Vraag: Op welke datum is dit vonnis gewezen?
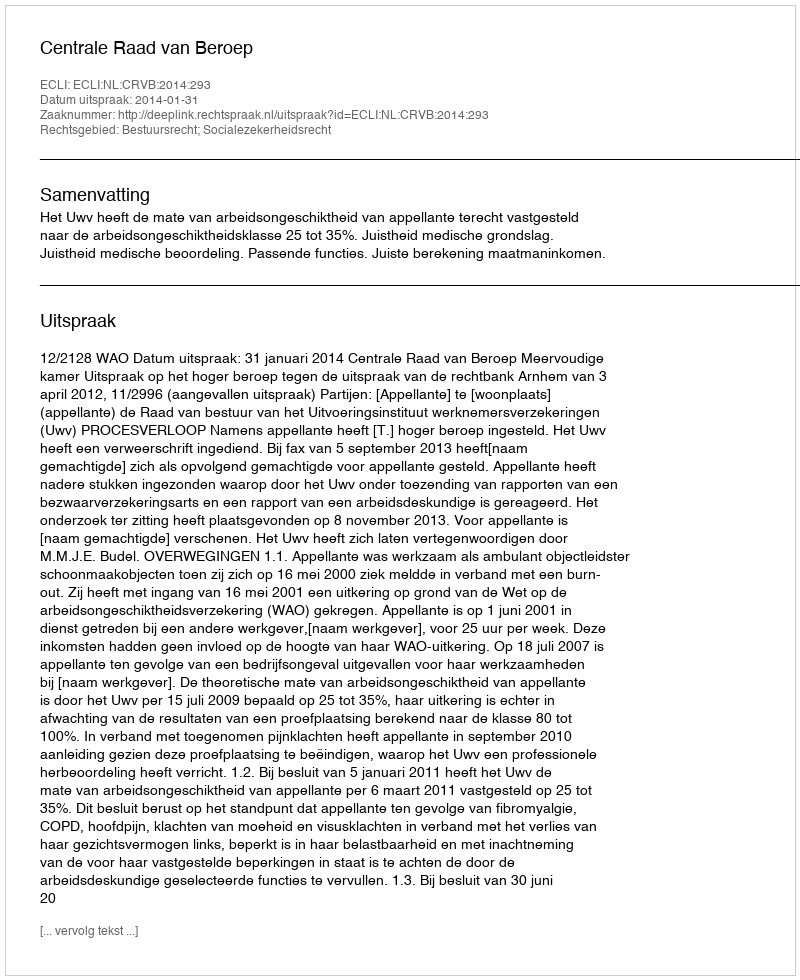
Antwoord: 2014-01-31